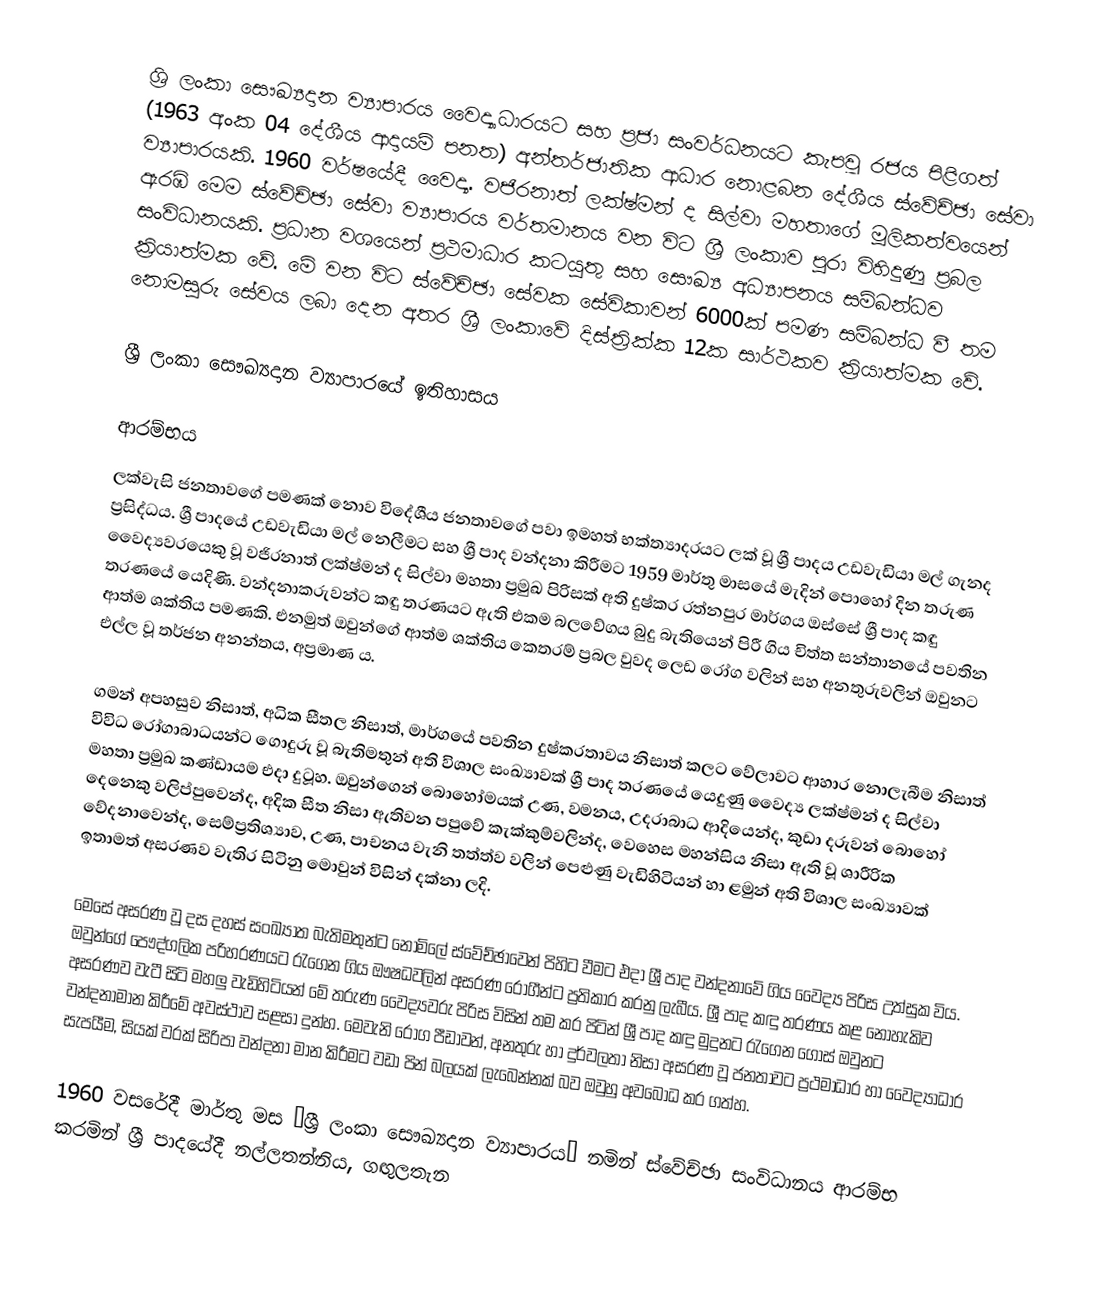
ශ්‍රි ලංකා සෞඛ්‍යදාන ව්‍යාපාරය වෛද්‍යාධාරයට සහ ප්‍රජා සංවර්ධනයට කැපවූ රජය පිළිගත් (1963 අංක 04 දේශීය ආදායම් පනත) අන්තර්ජාතික ආධාර නොළබන දේශීය ස්වේච්ඡා සේවා ව්‍යාපාරයකි. 1960 වර්ෂයේදී වෛද්‍ය. වජිරනාත් ලක්ෂ්මන් ද සිල්වා මහතාගේ මූලිකත්වයෙන් ඇරඹි මෙම ස්වේච්ඡා සේවා ව්‍යාපාරය වර්තමානය වන විට ශ්‍රී ලංකාව පුරා විහිදුණු ප්‍රබල සංවිධානයකි. ප්‍රධාන වශයෙන් ප්‍රථමාධාර කටයුතු සහ සෞඛ්‍ය අධ්‍යාපනය සම්බන්ධව ක්‍රියාත්මක වේ. මේ වන විට ස්වේච්ඡා සේවක සේවිකාවන් 6000ක් පමණ සම්බන්ධ වී තම නොමසුරු සේවය ලබා දෙන අතර ශ්‍රී ලංකාවේ දිස්ත්‍රික්ක 12ක සාර්ථකව ක්‍රියාත්මක වේ.

ශ්‍රී ලංකා සෞඛ්‍යදාන ව්‍යාපාරයේ ඉතිහාසය

ආරම්භය
ලක්වැසි ජනතාවගේ පමණක් නොව විදේශීය ජනතාවගේ පවා ඉමහත් භක්ත්‍යාදරයට ලක් වූ ශ්‍රී පාදය උඩවැඩියා මල් ගැනද ප්‍රසිද්ධය. ශ්‍රී පාදයේ උඩවැඩියා මල් නෙලීමට සහ ශ්‍රී පාද වන්දනා කිරීමට 1959 මාර්තු මාසයේ මැදින් පොහෝ දින තරුණ වෛද්‍යවරයෙකු වූ වජිරනාත් ලක්ෂ්මන් ද සිල්වා මහතා ප්‍රමුඛ පිරිසක් අති දුෂ්කර රත්නපුර මාර්ගය ඔස්සේ ශ්‍රී පාද කඳු තරණයේ යෙදිණි. වන්දනාකරුවන්ට කඳු තරණයට ඇති එකම බලවේගය බුදු බැතියෙන් පිරී ගිය චිත්ත සන්තානයේ පවතින ආත්ම ශක්තිය පමණකි. එනමුත් ඔවුන්ගේ ආත්ම ශක්තිය කෙතරම් ප්‍රබල වුවද ලෙඩ රෝග වලින් සහ අනතුරුවලින් ඔවුනට එල්ල වූ තර්ජන අනන්තය, අප්‍රමාණ ය.

ගමන් අපහසුව නිසාත්, අධික සීතල නිසාත්, මාර්ගයේ පවතින දුෂ්කරතාවය නිසාත් කලට වේලාවට ආහාර නොලැබීම නිසාත් විවිධ රෝගාබාධයන්ට ගොදුරු වූ බැතිමතුන් අති විශාල සංඛ්‍යාවක් ශ්‍රී පාද තරණයේ යෙදුණු වෛද්‍ය ලක්ෂ්මන් ද සිල්වා මහතා ප්‍රමුඛ කණ්ඩායම එදා දුටූහ. ඔවුන්ගෙන් බොහෝමයක් උණ, වමනය, උදරාබාධ ආදියෙන්ද, කුඩා දරුවන් බොහෝ දෙනෙකු වලිප්පුවෙන්ද, අදික සීත නිසා ඇතිවන පපුවේ කැක්කුම්වලින්ද, වෙහෙස මහන්සිය නිසා ඇති වූ ශාරීරික වේදනාවෙන්ද, සෙම්ප්‍රතිශ්‍යාව, උණ, පාචනය වැනි තත්ත්ව වලින් පෙළුණු වැඩිහිටියන් හා ළමුන් අති විශාල සංඛ්‍යාවක් ඉතාමත් අසරණව වැතිර සිටිනු මොවුන් විසින් දක්නා ලදි.

මෙසේ අසරණ වූ දස දහස් සංඛ්‍යාත බැතිමතුන්ට නොමිලේ ස්වේච්ඡාවෙන් පිහිට වීමට එදා ශ්‍රී පාද වන්දනාවේ ගිය වෛද්‍ය පිරිස උත්සුක විය. ඔවුන්ගේ පෞද්ගලික පරිහරණයට රැගෙන ගිය ඖෂධවලින් අසරණ රෝගීන්ට ප්‍රතිකාර කරනු ලැබීය. ශ්‍රී පාද කඳු තරණය කළ නොහැකිව අසරණව වැටී සිටි මහලු වැඩිහිටියන් මේ තරුණ වෛද්‍යවරු පිරිස විසින් තම කර පිටින් ශ්‍රී පාද කඳු මුදුනට රැගෙන ගොස් ඔවුනට වන්දනාමාන කිරීමේ අවස්ථාව සළසා දුන්හ. මෙවැනි රෝග පීඩාවන්, අනතුරු හා දුර්වලතා නිසා අසරණ වූ ජනතාවට ප්‍රථමාධාර හා වෛද්‍යාධාර සැපයීම, සියක් වරක් සිරිපා වන්දනා මාන කිරීමට වඩා පින් බලයක් ලැබෙන්නක් බව ඔවුහු අවබෝධ කර ගත්හ.

1960 වසරේදී මාර්තු මස “ශ්‍රී ලංකා සෞඛ්‍යදාන ව්‍යාපාරය“ නමින් ස්වේච්ඡා සංවිධානය ආරම්භ කරමින් ශ්‍රී පාදයේදී නල්ලතන්නිය, ගඟුලතැන